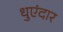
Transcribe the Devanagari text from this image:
धुएंदार